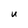
Character: U